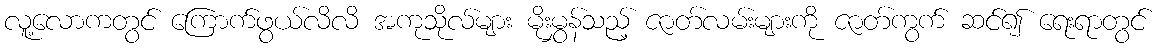
လူ့လောကတွင် ကြောက်ဖွယ်လိလိ အကုသိုလ်များ မိုးမွှန်သည့် ဇာတ်လမ်းများကို ဇာတ်ကွက် ဆင်၍ ရေးရာတွင်